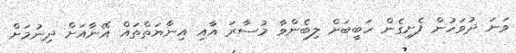
ވަނަ ދުވަހުން ފެށިގެން ހަބީބަށް ލިބެންވާ މުސާރަ އާއި އިނާޔަތްތައް އޭނާއަށް ދިނުމަށް